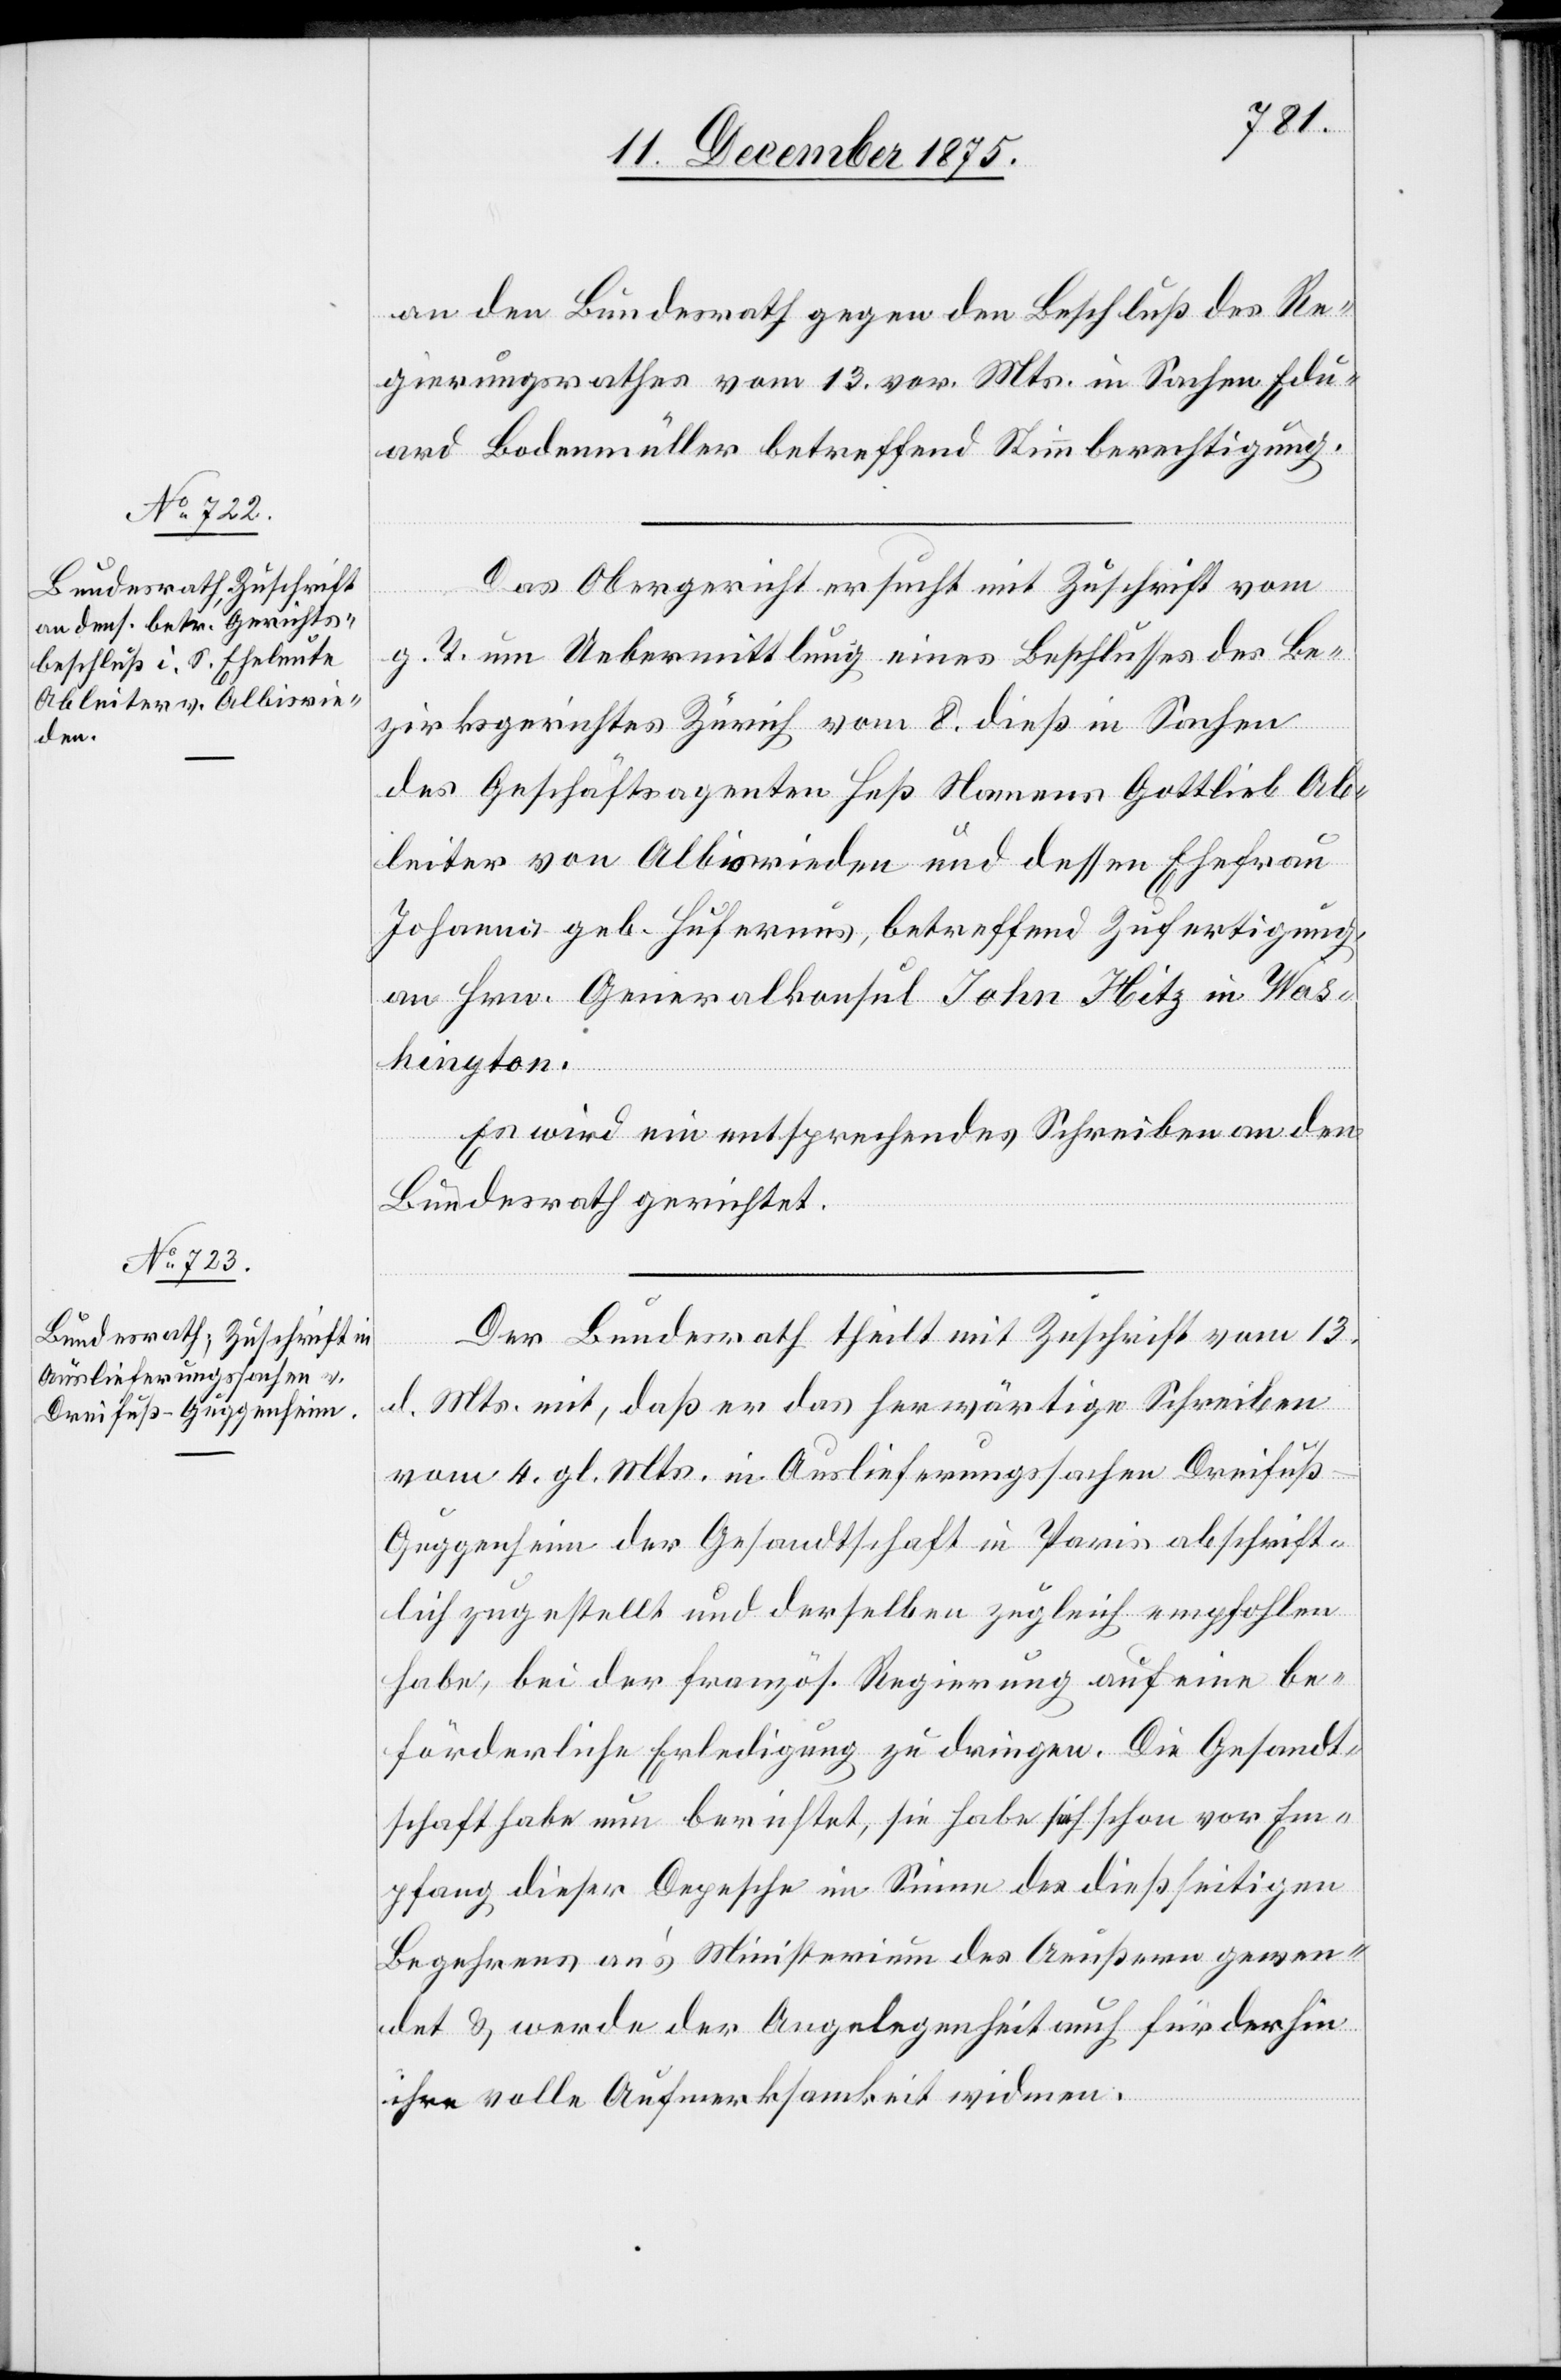
15. December 1875.]
an den Bundesrath gegen den Beschluß des Re¬
gierungsrathes vom 13. vor. Mts. in Sachen Edu¬
ard Bodenmüller betreffend Stimmberechtigung.
Das Obergericht ersucht mit Zuschrift vom
g. T. um Uebermittlung eines Beschlusses des Be¬
zirksgerichtes Zürich vom 8. dieß in Sachen
des Geschäftsagenten Heß Namens Gottlieb Ab¬
leiter von Albisrieden und dessen Ehefrau
Johanna geb. Hufernus betreffend Zufertigung
an Hrn. Generalkonsul John Hitz in Was¬
hington.
Es wird ein entsprechendes Schreiben an den
Bundesrath gerichtet.
Der Bundesrath theilt mit Zuschrift vom 13.
d. Mts. mit, daß er das herwärtige Schreiben
vom 4. gl. Mts. in Auslieferungssachen Dreifuß-G¬
uggenheim der Gesandtschaft in Paris abschrift¬
lich zugestellt und derselben zugleich empfohlen
habe, bei der französ. Regierung auf eine be¬
förderliche Erledigung zu dringen. Die Gesandt¬
schaft habe nun berichtet, sie habe sich schon vor Em¬
pfang dieser Depesche im Sinne des dießseitigen
Begehrens an’s Ministerium des Aeußern gewen¬
det & werde der Angelegenheit auch fürderhin
ihre volle Aufmerksamkeit widmen.